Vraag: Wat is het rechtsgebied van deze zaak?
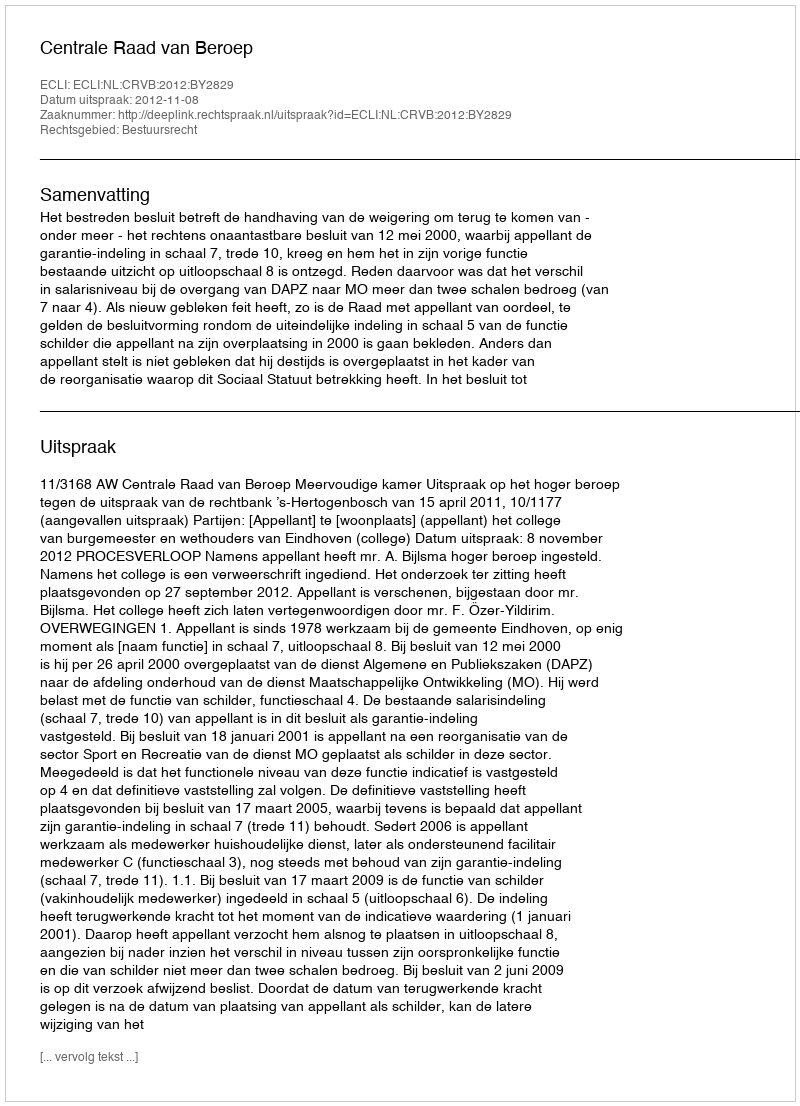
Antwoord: Bestuursrecht